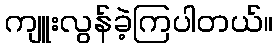
ကျူးလွန်ခဲ့ကြပါတယ်။